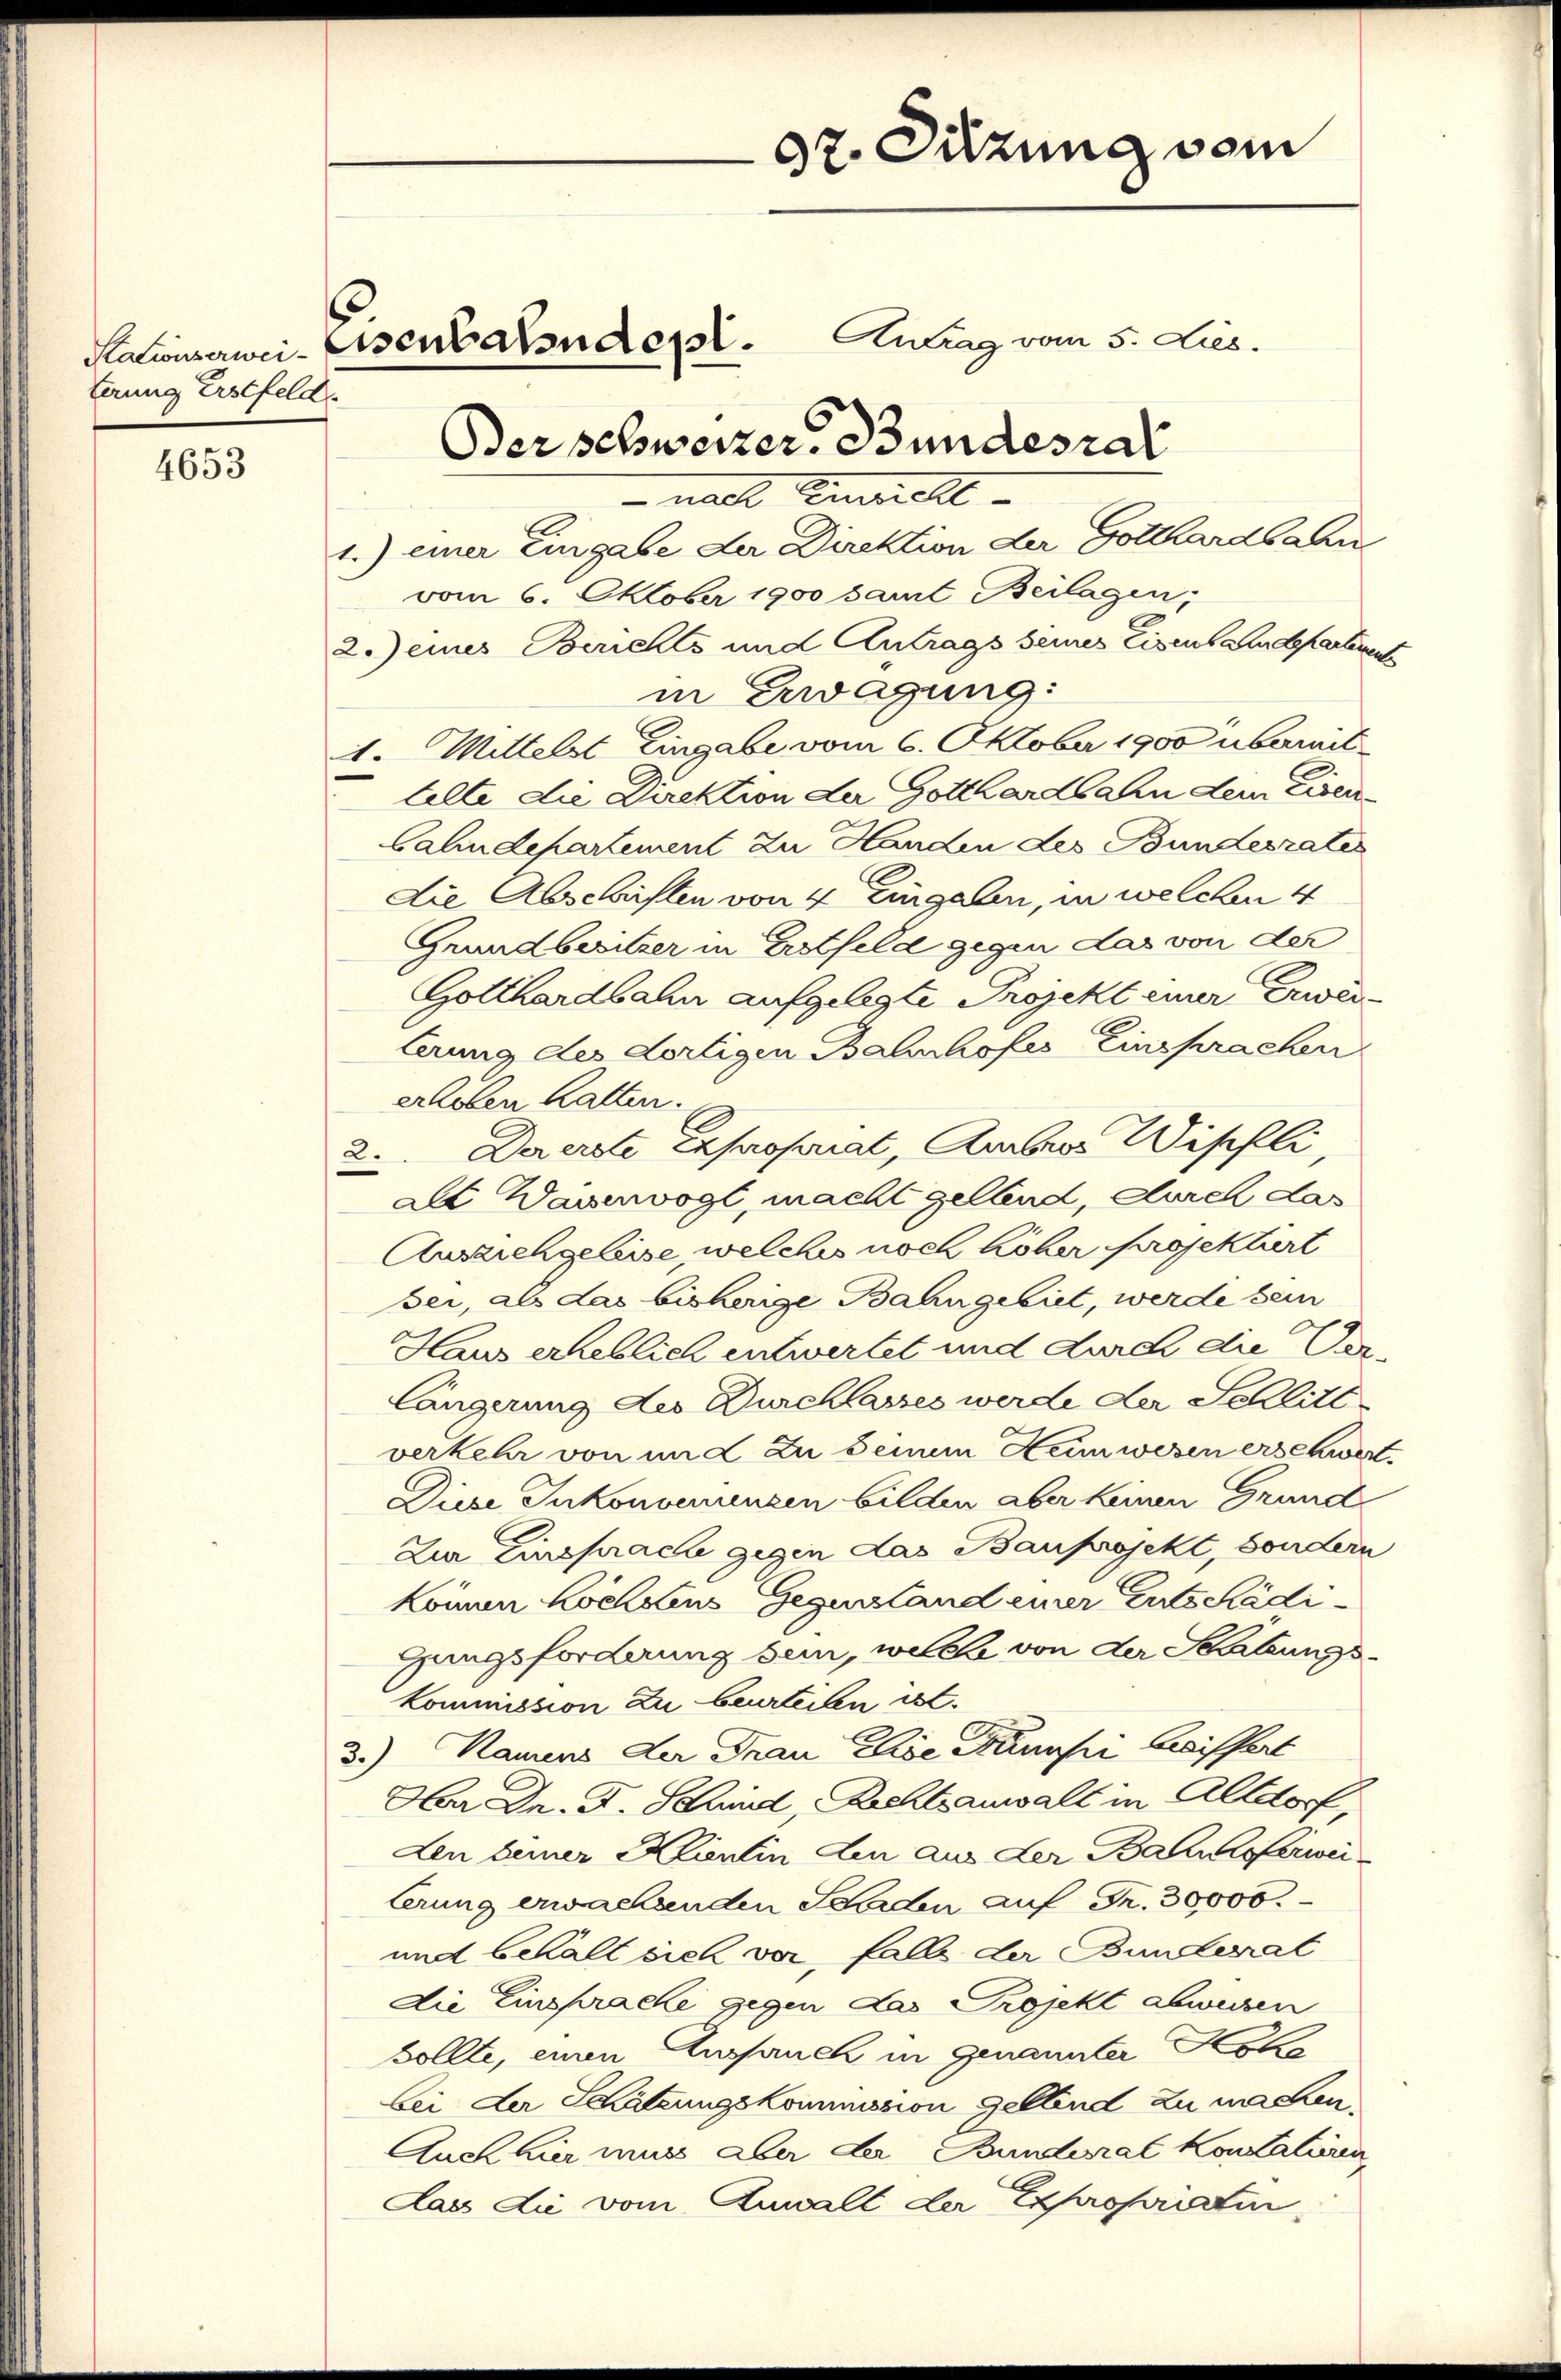
terung Erstfeld.

4653

37. Sitzung vom
Antrag vom 5. dies.
Kalwisserwei- Eisenbalsundest.

Der schweizer. Bundesrat

-nach Einzielle
1.) einer Eingabe der Direktion der Gotthardbahn
vom 6. Oktober 1900 samt Beilagen,
2.) eines Berichts und Antrags seines Eigensaudepartement
in Erwägung:
11. Mittelst Eingabe vom 6. Oktober 1900 übermit
telte die Direktion der Gotthardbahn dem Eisenbahndepartement zu Handen des Bundesrates
Die Abschriften von 4 Eingaben, in welchen 4
Grundbesitzer in Erstfeld gegen das von der
Gotthardbahn aufgelegte Projekt einer Erweilerung des dortigen Bahnhofes Einsprachen
erloben hatten.
2. Da erste Exproporat, Amber Wipfli,
ale Daumvogl, macht geland, durch das
Auseichgeleise, welches noch höher projektiert
bei, als das bisherige Bahngebiet, werde sein
Haus erheblich entwertet und durch die Ver-
längerung der Durchlasses werde der Schlitt
verkehr von im L. Zu seinem Heimwesen erschwert
Diese Inkonvenienzen bilden aber keinen Grund
Zur Einsprache gegen das Bauprojekt, sondern
können höchstens Gegenstand einer Entschädigungsforderung sein, welche von der Stattungs¬
Kommission zu beurteilen ist.
3.) Namens der Frau Elise Banni Greiffert
Aar Dr. F. Schwind, Rechtsanwalt in Altdorf,
Len seiner Klientin Ein aus der Bahnhoferwei
terung erwachenden Schaden auf Fr. 30000.
und behält sich vor, falls der Bundesrat
Die Einsprache gegen das Projekt abweisen
Sollte, einen Aussauch in genannter Kon
bei der Schätzungskommission geltend zu machen,
Auch hier muss aber der Bunderat Kontatiren
dass die vom Anwall der Expropriatin